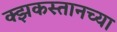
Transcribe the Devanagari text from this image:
क्झकस्तानच्या